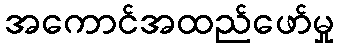
အကောင်အထည်ဖော်မှု